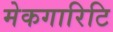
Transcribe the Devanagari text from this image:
मेकगारिटि